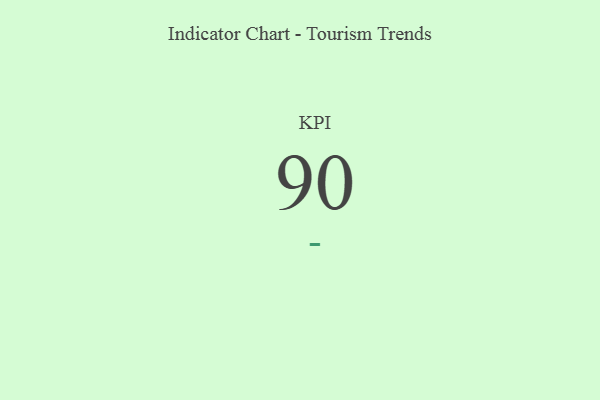
{"axis": {"x": "KPI", "y": "Value"}, "legend": [""], "data": [{"x": "KPI", "y": 90, "type": ""}]}